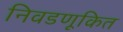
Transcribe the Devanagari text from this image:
निवडणूकित